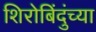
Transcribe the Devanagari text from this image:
शिरोबिंदुंच्या